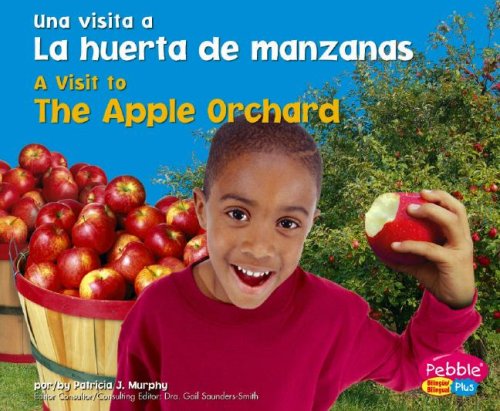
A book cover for La huerta de manzanas / The Apple Orchard (Una visita a... / A Visit to...) (Multilingual Edition); Patricia J. Murphy; Children's Books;